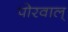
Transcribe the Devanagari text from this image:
पोरवाल्